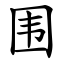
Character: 围